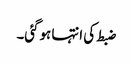
ضبط کی انتہا ہوگئی۔